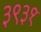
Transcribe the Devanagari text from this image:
३९३१